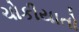
ચોકીયાતો